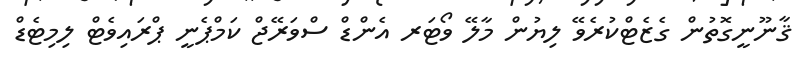
ޤާނޫނީގޮތުން ގެޒެޓްކުރެވޭ ލިޔުން މާލޭ ވޯޓަރ އެންޑް ސްވަރޭޖް ކަމްޕެނީ ޕްރައިވެޓް ލިމިޓެޑް